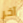
آخر